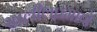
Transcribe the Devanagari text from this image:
खलीलप्रमाणे